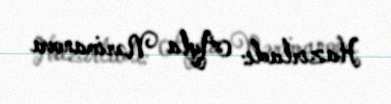
Hazırladı: Ayla Nərimanova